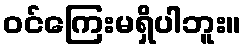
ဝင်ကြေးမရှိပါဘူး။